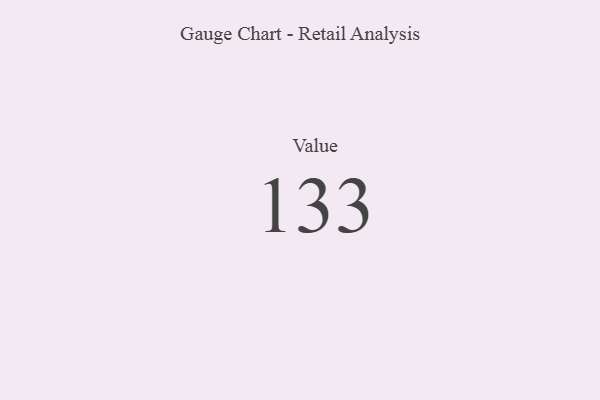
{"axis": {"x": "Metric", "y": "Value"}, "legend": [""], "data": [{"x": "Value", "y": 133, "type": ""}]}